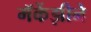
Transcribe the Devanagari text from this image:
मॅकेंझीने